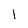
Character: 1